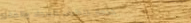
خدمة تنظيف السجاد والمفرو